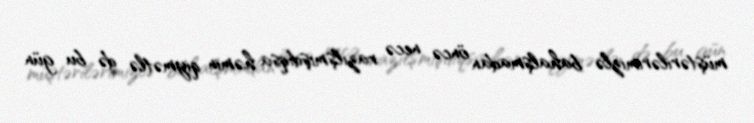
müştərilərimizlə bahalşmadan öncə necə razılşmışdıqsa həmin qiymətlə də bu gün